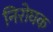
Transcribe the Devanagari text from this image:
निरोघक